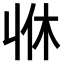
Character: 𠁫